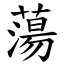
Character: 蕩